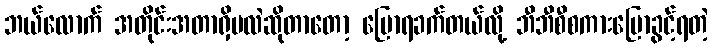
ဘယ်လောက် အတိုင်းအတာရှိမလဲဆိုတာတော့ ပြောရခက်တယ်လို့ ဘီဘီစီစကားပြောခွင့်ရတဲ့